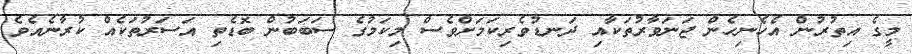
މީގެ އިތުރުން އެހެނިހެން ޖަނަވާރުތަކާއި ދަނޑުވެރިކަމަށްވެސް މިކަމުގެ ސަބަބުން ބޮޑެތި އަސަރުތަކެއް ކުރާނެއެވެ.